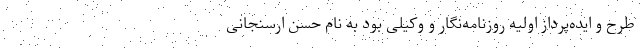
طرح و ایده‌پرداز اولیه روزنامه‌نگار و وکیلی بود به نام حسن ارسنجانی